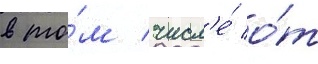
в то́м числ'е́ о́т